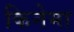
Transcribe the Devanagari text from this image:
किनेमा